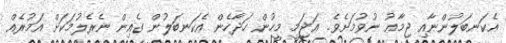
އެކަނބަލުންނާއި ޖިމާޢު ނުވުމަށެވެ. ޢަޖަމީ މީހުން ހަދާހެން އެކަނބަލުން ގެއިން ނެރެލުމަކަށް އަމުރެއް